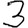
Digit: 3